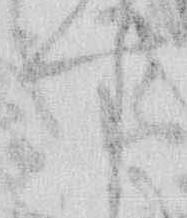
す